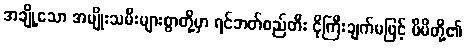
အချို့သော အမျိုးသမီးများစွာတို့မှာ ရင်ဘတ်စည်တီး ငိုကြီးချက်မဖြင့် မိမိတို့၏